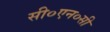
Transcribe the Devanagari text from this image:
सी०एन०सी